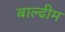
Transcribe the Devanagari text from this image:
बाल्ढीम